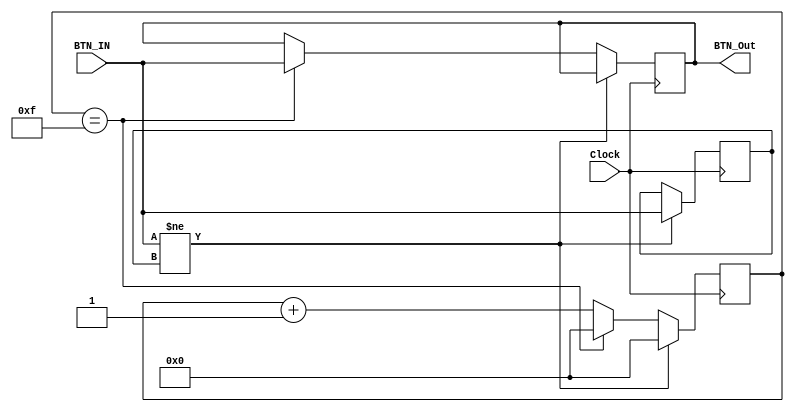
`timescale 1ns / 1ps
//////////////////////////////////////////////////////////////////////////////////
// Company: 
// Engineer: 
// 
// Design Name: 
// Module Name:    BTN_Anti_Jitter 
// Project Name: 
// Target Devices: 
// Tool versions: 
// Description: 
//
// Dependencies: 
//
// Revision: 
// Revision 0.01 - File Created
// Additional Comments: 
//
//////////////////////////////////////////////////////////////////////////////////
module BTN_Anti_Jitter(
		input Clock,
		input BTN_IN,
		output reg BTN_Out
    );
	 
	 reg [3:0] cnt;
	 reg BTN_Old;
	 
	 always @ (posedge Clock) begin
			if(BTN_IN != BTN_Old) 
				begin
						cnt <= 4'b0000; BTN_Old <= BTN_IN;
				end
			else 
				begin
					if( cnt == 4'b1111)
						begin
							cnt <= 4'b0000; BTN_Out <= BTN_IN;
						end
					else
							cnt <= cnt + 1'b1;
				end
	 end
			
endmodule